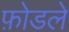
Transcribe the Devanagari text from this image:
फ़ोडले